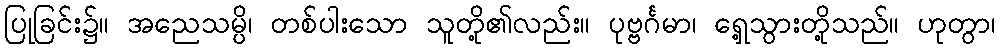
ပြုခြင်း၌။ အညေသမ္ပိ၊ တစ်ပါးသော သူတို့၏လည်း။ ပုဗ္ဗင်္ဂမာ၊ ရှေ့သွားတို့သည်။ ဟုတွာ၊